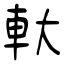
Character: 軑